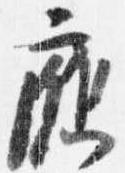
応